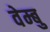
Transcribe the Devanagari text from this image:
वेम्बु